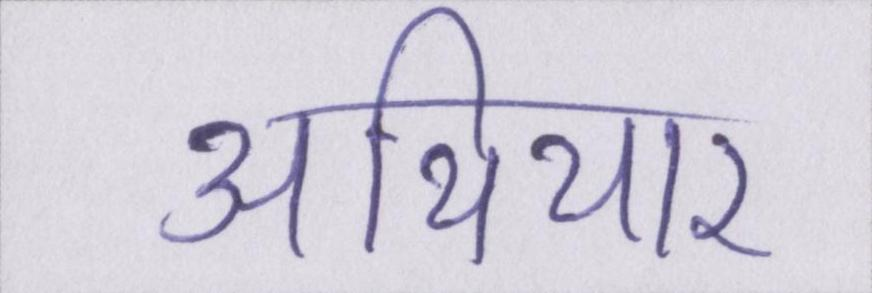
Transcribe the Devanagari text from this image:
अथियार